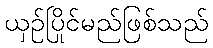
ယှဉ်ပြိုင်မည်ဖြစ်သည်